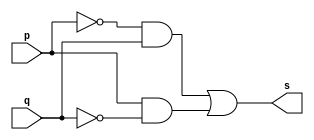
// Exercicio0006 - XOR
// Nome: tila Martins Silva Jnior

// -- xor gate
module xorgate ( output s,
input p,
input q);
wire temp1, temp2;
and(temp1, ~p, q);
and(temp2, p, ~q);
or(s, temp1, temp2);
endmodule // xorgate

// -- test xor gate
module testxorgate;

// -- dados locais
reg a, b; // definir registradores
wire s; // definir conexao (fio)

// --- instancia
xorgate XOR1 (s, a, b);

// -- preparacao
initial begin:start
// atribuicao simultanea
// dos valores iniciais
a=0; b=0;
end

// -- parte principal
initial begin
$display("Exercicio0002 - tila Martins - 449014");
$display("Test XOR gate");
$display("\na | b = s\n");
a=0; b=0;
#1 $display("%b | %b = %b", a, b, s);
a=0; b=1;
#1 $display("%b | %b = %b", a, b, s);
a=1; b=0;
#1 $display("%b | %b = %b", a, b, s);
a=1; b=1;
#1 $display("%b | %b = %b", a, b, s);
end
endmodule // testxorgate